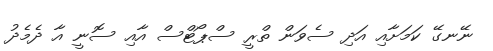
ނޭނގޭ ކަމަށާއި އަދި ސެވަން ތްރީ ސްޕޯޓްސް އާއި ސޮނީ އާ ދެމެދު